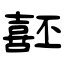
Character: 噽